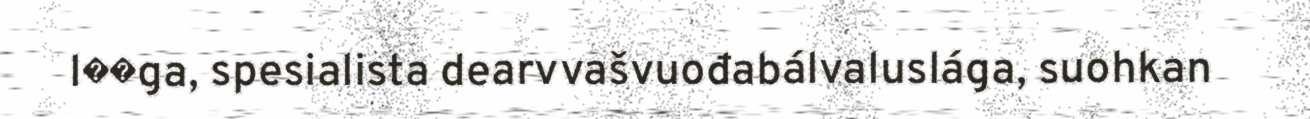
l��ga, spesialista dearvvašvuođabálvaluslága, suohkan